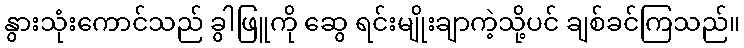
နွားသုံးကောင်သည် ခွါဖြူကို ဆွေ ရင်းမျိုးချာကဲ့သို့ပင် ချစ်ခင်ကြသည်။